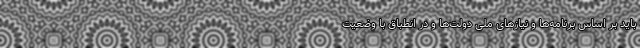
باید بر اساس برنامه‌ها و نیازهای ملی دولت‌ها و در انطباق با وضعیت